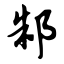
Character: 邾